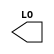
module sky130_fd_sc_hd__macro_sparecell (
    //# {{data|Data Signals}}
    output LO
);

    // Voltage supply signals
    supply0 VGND;
    supply0 VNB ;
    supply1 VPB ;
    supply1 VPWR;

endmodule